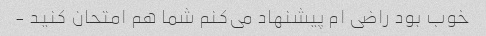
خوب بود راضی ام پیشنهاد می‌کنم شما هم امتحان کنید -